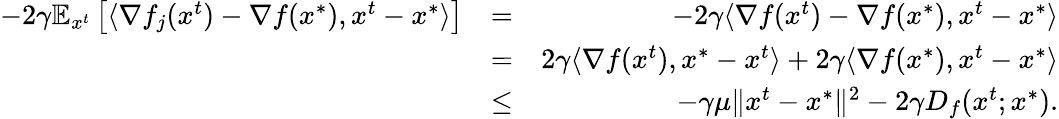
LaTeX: \begin{array}{rlr}{-2\gamma\mathbb{E}_{x^{t}}\left[\langle\nabla f_{j}(x^{t})-\nabla f(x^{*}),x^{t}-x^{*}\rangle\right]}&{=}&{-2\gamma\langle\nabla f(x^{t})-\nabla f(x^{*}),x^{t}-x^{*}\rangle}\\ &{=}&{2\gamma\langle\nabla f(x^{t}),x^{*}-x^{t}\rangle+2\gamma\langle\nabla f(x^{*}),x^{t}-x^{*}\rangle}\\ &{\leq}&{-\gamma\mu\Vert x^{t}-x^{*}\Vert^{2}-2\gamma D_{f}(x^{t};x^{*}).}\end{array}